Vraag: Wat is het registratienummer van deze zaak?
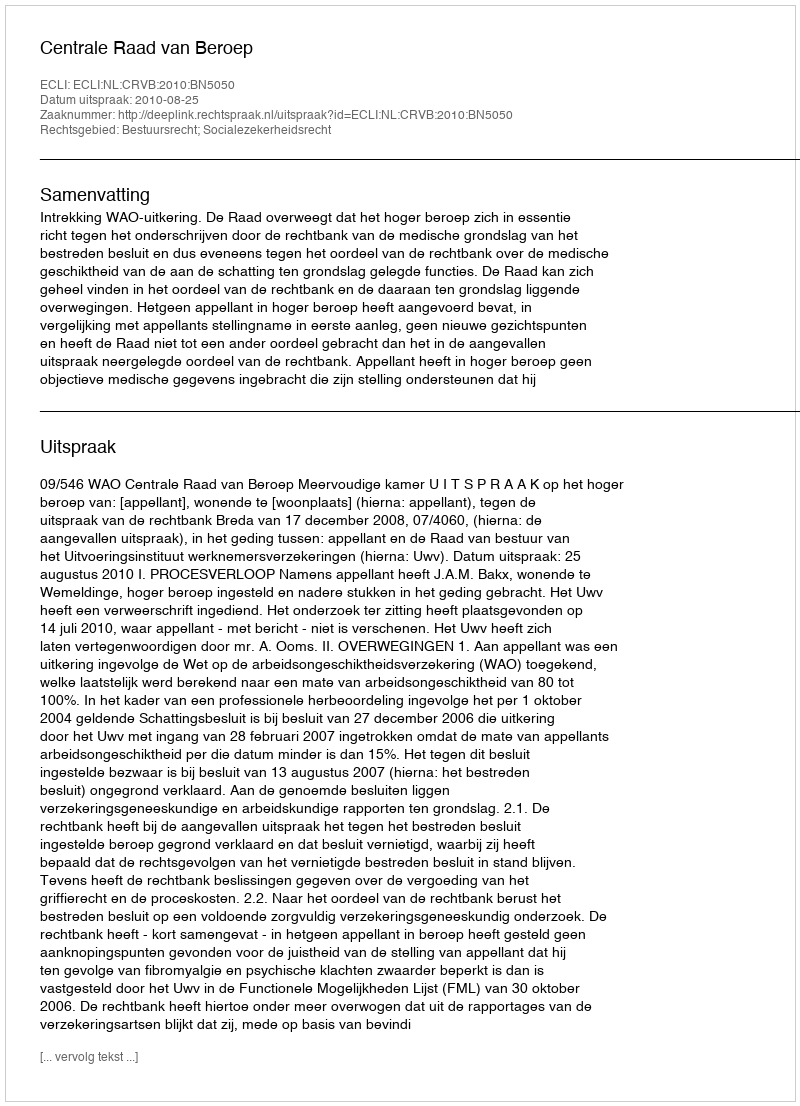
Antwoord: http://deeplink.rechtspraak.nl/uitspraak?id=ECLI:NL:CRVB:2010:BN5050